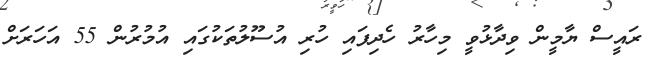
ރައީސް ޔާމީން ވިދާޅުވީ މިހާރު ހެދިފައި ހުރި އުސޫލުތަކުގައި އުމުރުން 55 އަހަރަށް